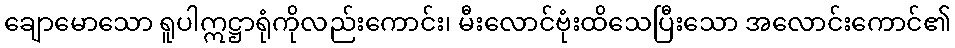
ချောမောသော ရူပါဣဋ္ဌာရုံကိုလည်းကောင်း၊ မီးလောင်ဗုံးထိသေပြီးသော အလောင်းကောင်၏